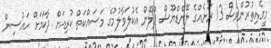
މީގެއިތުރުންވެސް 13 ރަށެއްގެ ލޭންޑްޔޫސް ޕްލޭން އެކުލަވާލުމުގެ މަސައްކަތް ކުރިއަށް ދާކަމަށް ހައުސިން